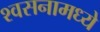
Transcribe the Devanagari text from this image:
श्वसनामध्ये